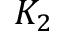
K _ { 2 }